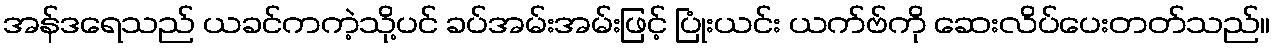
အန်ဒရေသည် ယခင်ကကဲ့သို့ပင် ခပ်အမ်းအမ်းဖြင့် ပြုံးယင်း ယက်ဗ်ကို ဆေးလိပ်ပေးတတ်သည်။